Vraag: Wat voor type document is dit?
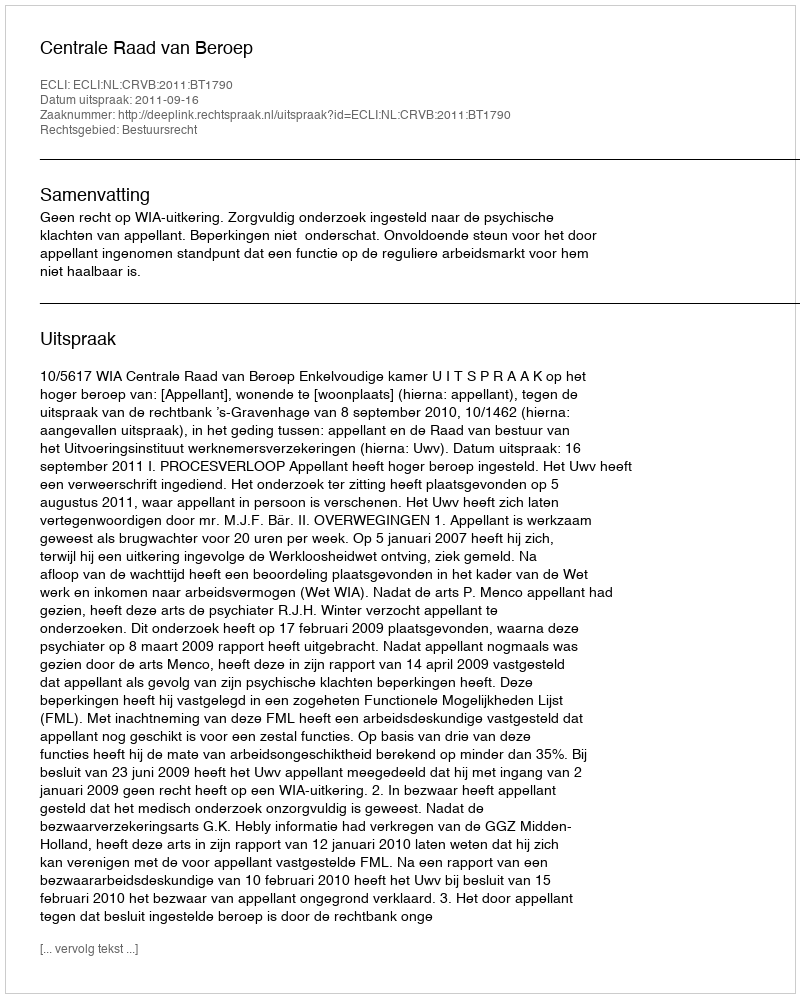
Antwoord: Uitspraak